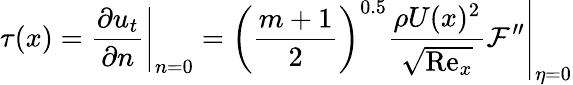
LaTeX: \tau(x)=\left.\frac{\partial u_{t}}{\partial n}\right\vert_{n=0}=\left.\left(\frac{m+1}{2}\right)^{0.5}\frac{\rho U(x)^{2}}{\sqrt{\mathrm{Re}_{x}}}\mathcal{F}^{\prime\prime}\right\vert_{\eta=0}